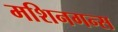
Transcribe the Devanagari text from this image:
मशिनगन्स